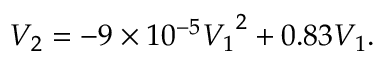
V _ { 2 } = - 9 \times 1 0 ^ { - 5 } { V _ { 1 } } ^ { 2 } + 0 . 8 3 V _ { 1 } .